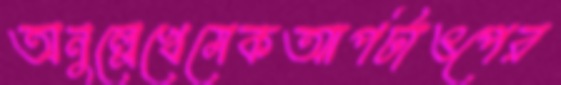
অনুল্লেখেমেকআপটাওপের